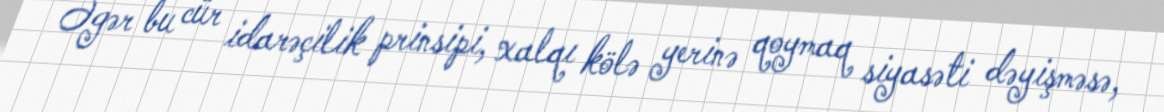
Əgər bu cür idarəçilik prinsipi, xalqı kölə yerinə qoymaq siyasəti dəyişməsə,